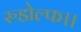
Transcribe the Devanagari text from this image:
रुडोल्फ।।